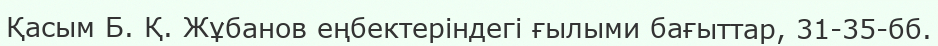
Қасым Б. Қ. Жұбанов еңбектеріндегі ғылыми бағыттар, 31-35-бб.